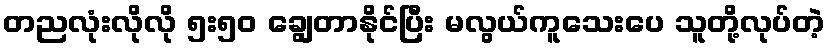
တညလုံးလိုလို ၅း၅၀ ချွေတာနိုင်ပြီး မလွယ်ကူသေးပေ သူတို့လုပ်တဲ့